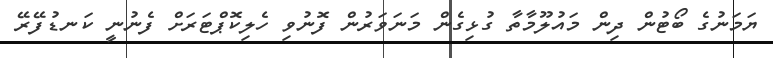
ޔަމަނުގެ ބޯޓުން ދިން މައުލޫމާތާ ގުޅިގެން މަނަވަރުން ފޮނުވި ހެލިކޮޕްޓަރަށް ފެނުނީ ކަނޑުފޭރޭ